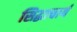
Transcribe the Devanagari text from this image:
सिद्धाचार्य